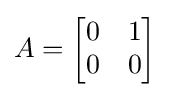
A={\begin{bmatrix}0&1\\0&0\end{bmatrix}}